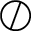
\oslash